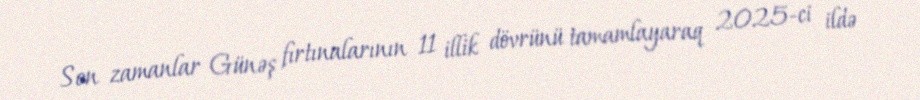
Son zamanlar Günəş fırtınalarının 11 illik dövrünü tamamlayaraq 2025-ci ildə